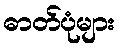
ဓာတ်ပုံများ